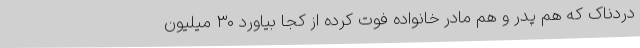
دردناک که هم پدر و هم مادر خانواده فوت کرده از کجا بیاورد ۳۰ میلیون